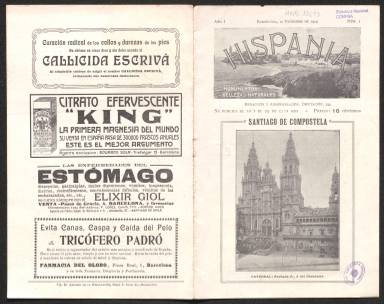
Título: Hispania (Barcelona. 1909)
Colección: Arte
Ámbito geográfico: Barcelona
Lugar de publicación: Barcelona
Fechas: 10/12/1909-25/01/1910